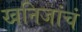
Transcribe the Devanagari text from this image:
खनिजांचं